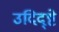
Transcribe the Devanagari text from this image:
उदिद्ष्टे